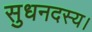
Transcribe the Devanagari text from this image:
सुधनदस्य।